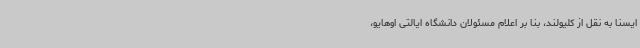
ایسنا به نقل از کلیولند، بنا بر اعلام مسئولان دانشگاه ایالتی اوهایو،